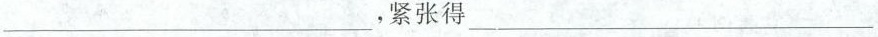
___，紧张得___